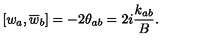
\left[ w _ { a } , \overline { { w } } _ { b } \right] = - 2 \theta _ { a b } = 2 i \frac { k _ { a b } } { B } .